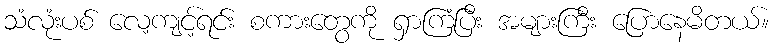
သံလုံးပစ် လေ့ကျင့်ရင်း စကားတွေကို ရှာကြံပြီး အများကြီး ပြောနေမိတယ်။